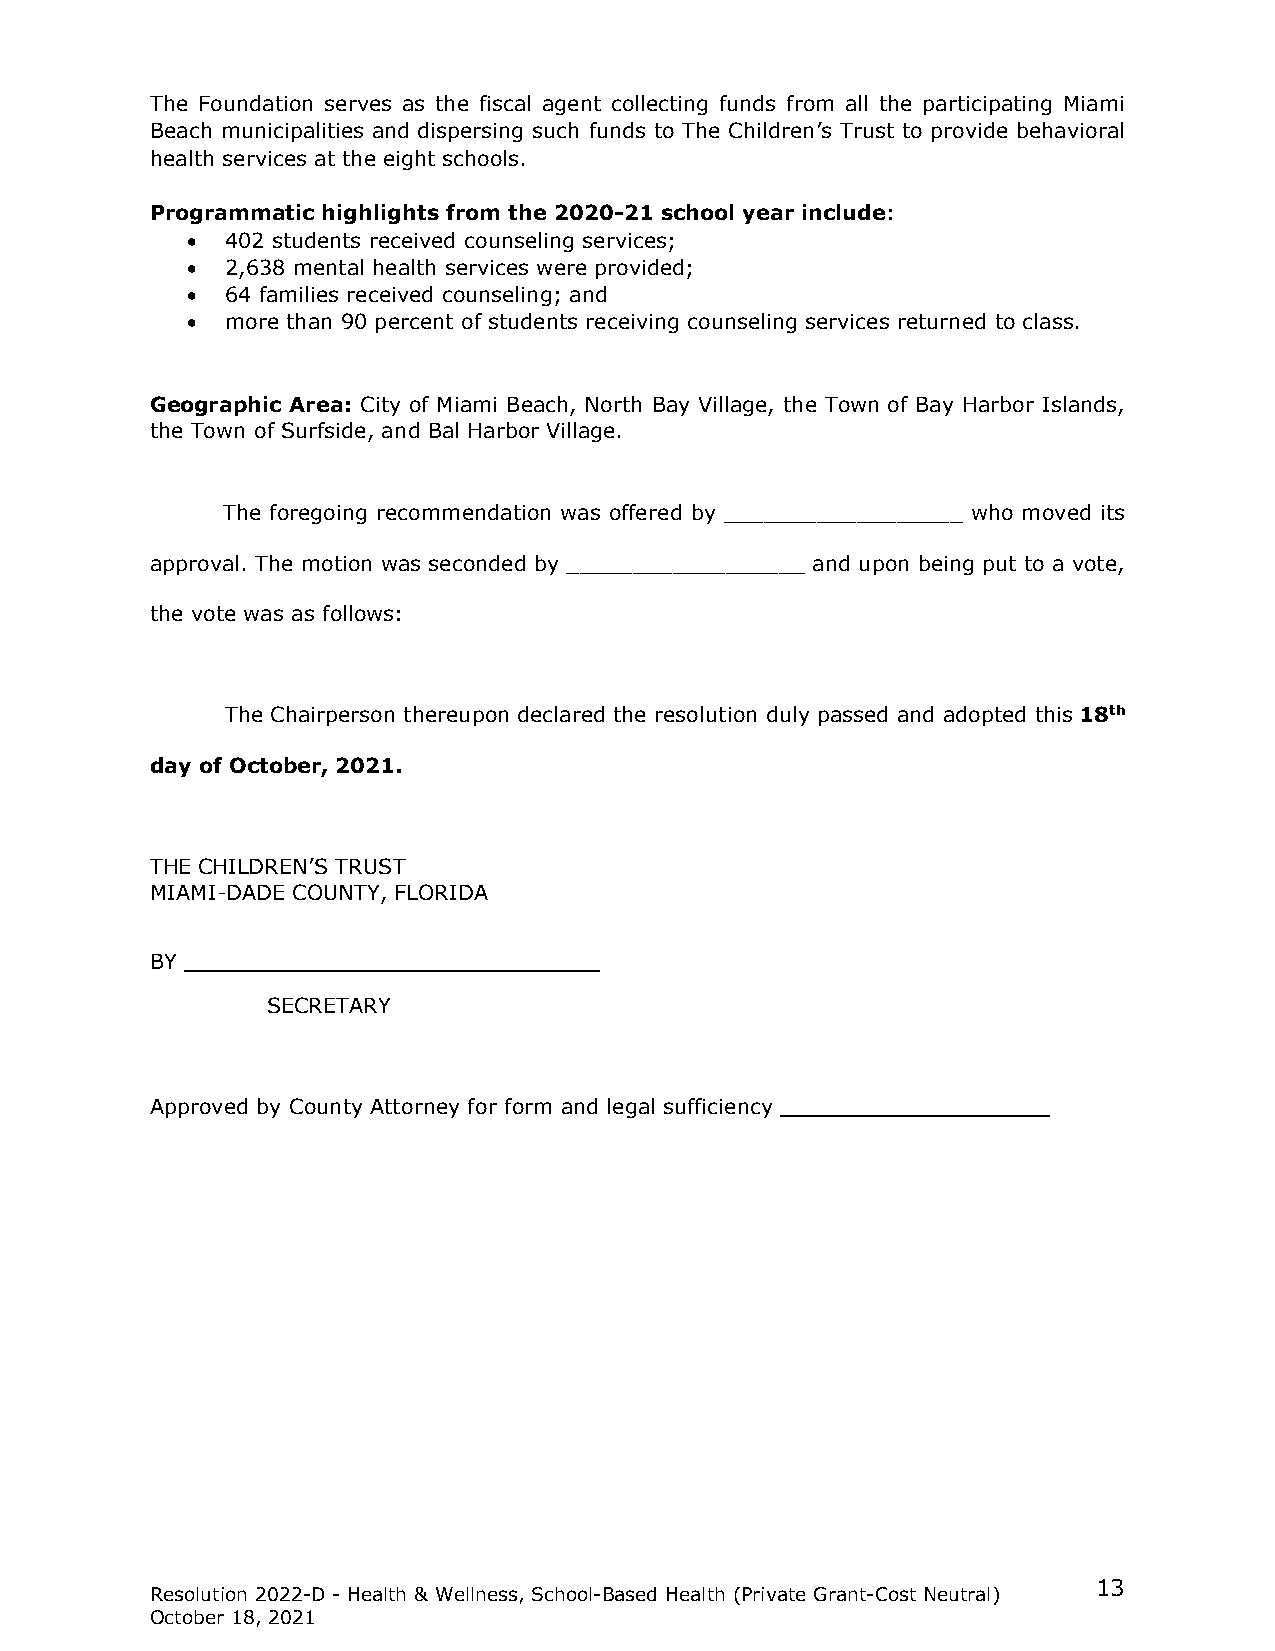
The Foundation serves as the fiscal agent collecting funds from all the participating Miami
 Beach municipalities and dispersing such funds to The Children’s Trust to provide behavioral
 health services at the eight schools.
 Programmatic highlights from the 2020-21 school year include:
 •  402 students received counseling services;
 •  2,638 mental health services were provided;
 •  64 families received counseling; and
 •  more than 90 percent of students receiving counseling services returned to class.
 Geographic Area: City of Miami Beach, North Bay Village, the Town of Bay Harbor Islands,
 the Town of Surfside, and Bal Harbor Village.
 The foregoing recommendation was offered by __________________ who moved its
 approval. The motion was seconded by __________________ and upon being put to a vote,
 the vote was as follows:
 The Chairperson thereupon declared the resolution duly passed and adopted this 18th
 day of October, 2021.
 THE CHILDREN’S TRUST
 MIAMI-DADE COUNTY, FLORIDA
 BY
 SECRETARY
 Approved by County Attorney for form and legal sufficiency
 13
 Resolution 2022-D - Health & Wellness, School-Based Health (Private Grant-Cost Neutral)
 October 18, 2021